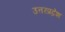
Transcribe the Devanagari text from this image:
उत्तरप्रद्रेश